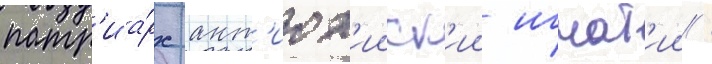
патр'иа́рх ант'иох'ииск'ии игнат'ии /